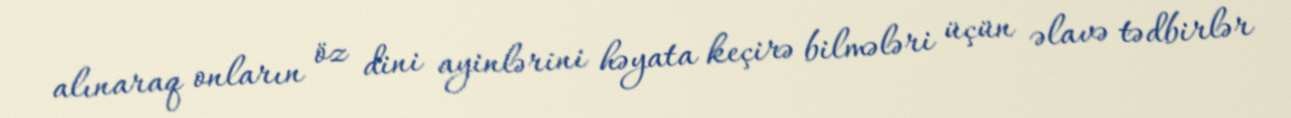
alınaraq onların öz dini ayinlərini həyata keçirə bilmələri üçün əlavə tədbirlər